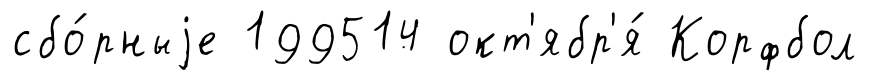
сбо́рныjе 199514 окт'ябр'я́ Корфбол